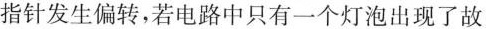
指针发生偏转，若电路中只有一个灯泡出现了故